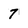
Character: 7